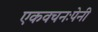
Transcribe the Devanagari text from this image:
एकवचनःपेनी